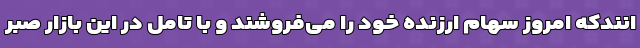
انندکه امروز سهام ارزنده خود را می‌فروشند و با تامل در این بازار صبر